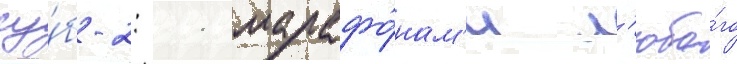
су́б-2: 11 марафо́нам'и л'юбо́го